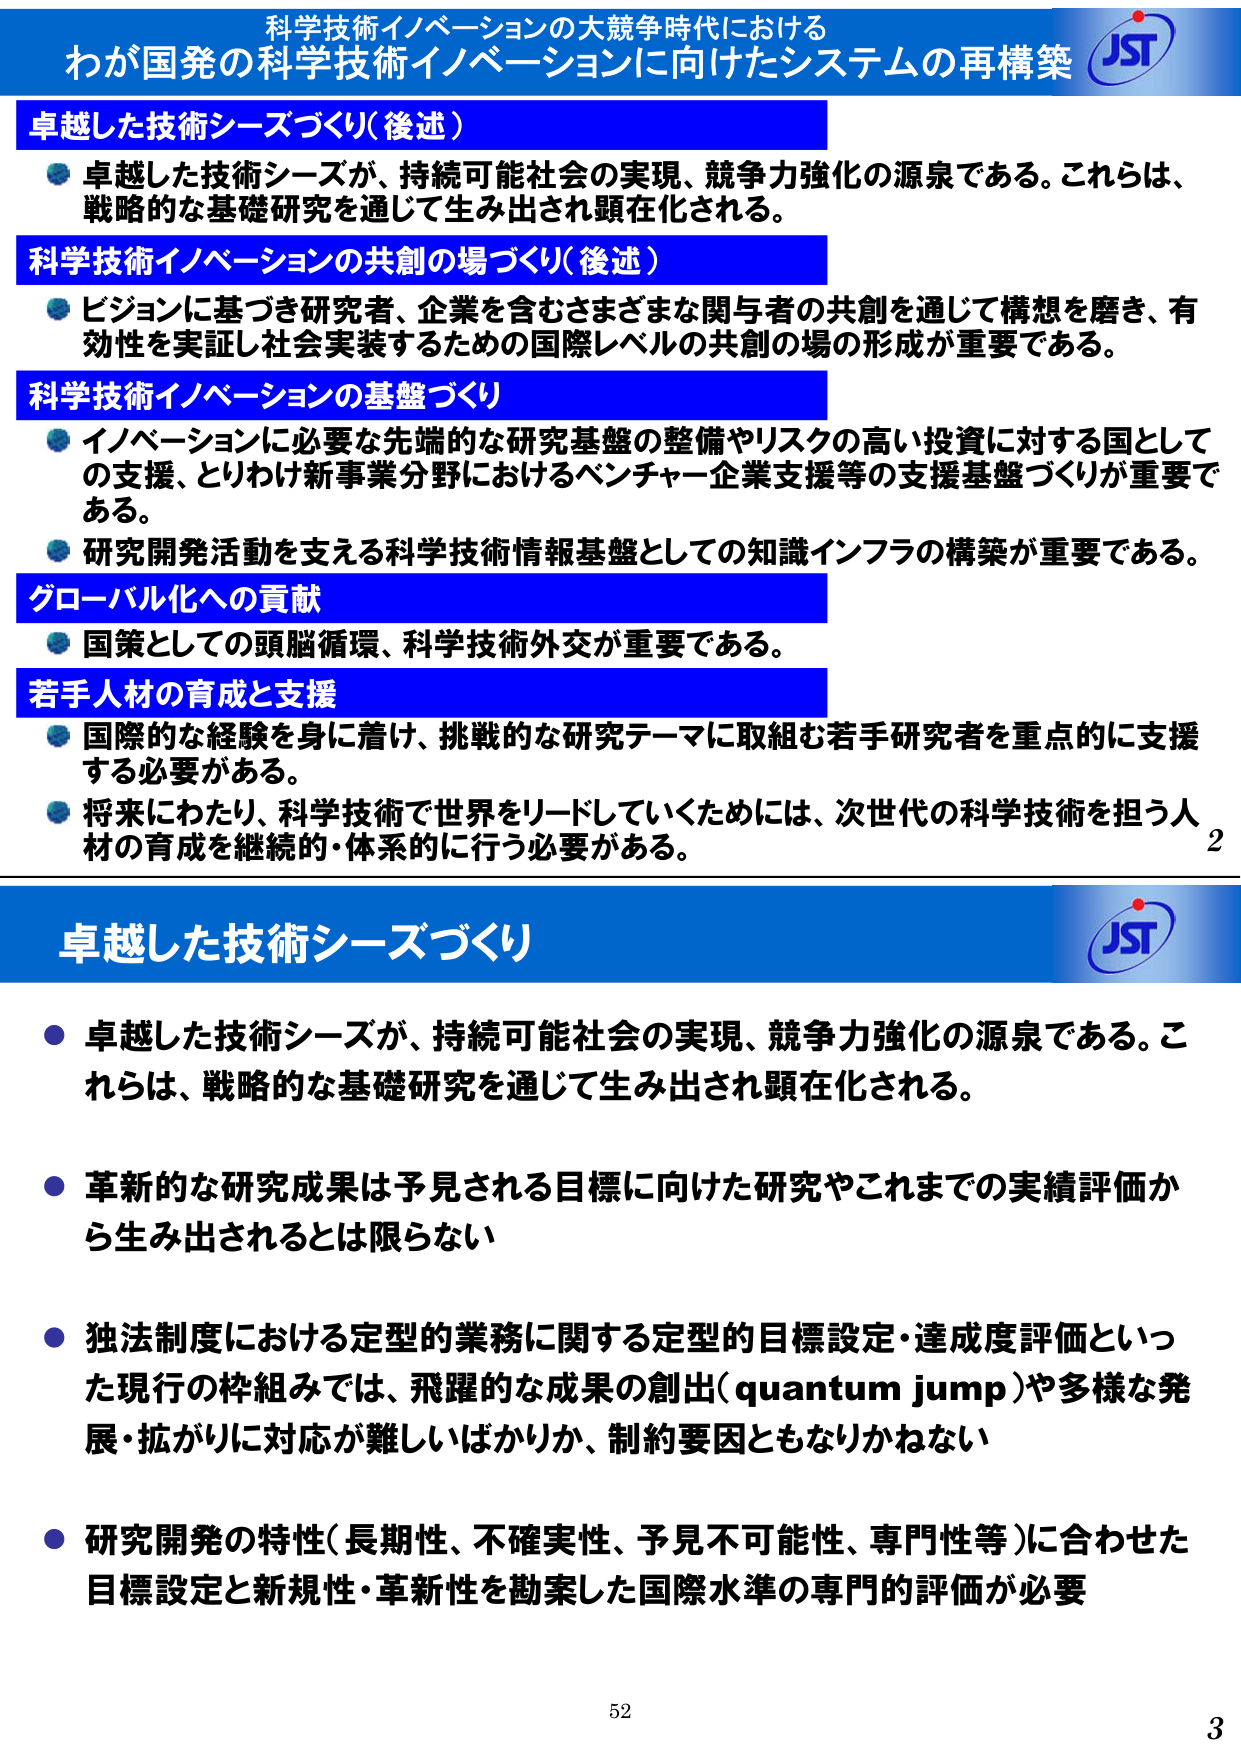
科学技術イノベーションの大競争時代における
わが国発の科学技術イノベーションに向けたシステムの再構築
JST

卓越した技術シーズづくり（後述）
● 卓越した技術シーズが、持続可能社会の実現、競争力強化の源泉である。これらは、
戦略的な基礎研究を通じて生み出され顕在化される。

科学技術イノベーションの共創の場づくり（後述）
● ビジョンに基づき研究者、企業を含むさまざまな関与者の共創を通じて構想を磨き、有
効性を実証し社会実装するための国際レベルの共創の場の形成が重要である。

科学技術イノベーションの基盤づくり
● イノベーションに必要な先端的な研究基盤の整備やリスクの高い投資に対する国として
の支援、とりわけ新事業分野におけるベンチャー企業支援等の支援基盤づくりが重要で
ある。
● 研究開発活動を支える科学技術情報基盤としての知識インフラの構築が重要である。

グローバル化への貢献
● 国策としての頭脳循環、科学技術外交が重要である。

若手人材の育成と支援
● 国際的な経験を身に着け、挑戦的な研究テーマに取組む若手研究者を重点的に支援
する必要がある。
● 将来にわたり、科学技術で世界をリードしていくためには、次世代の科学技術を担う人
材の育成を継続的・体系的に行う必要がある。
2

卓越した技術シーズづくり
JST

● 卓越した技術シーズが、持続可能社会の実現、競争力強化の源泉である。こ
れらは、戦略的な基礎研究を通じて生み出され顕在化される。

● 革新的な研究成果は予見される目標に向けた研究やこれまでの実績評価か
ら生み出されるとは限らない

● 独法制度における定型的業務に関する定型的目標設定・達成度評価といっ
た現行の枠組みでは、飛躍的な成果の創出（quantum jump）や多様な発
展・拡がりに対応が難しいばかりか、制約要因ともなりかねない

● 研究開発の特性（長期性、不確実性、予見不可能性、専門性等）に合わせた
目標設定と新規性・革新性を勘案した国際水準の専門的評価が必要

52
3